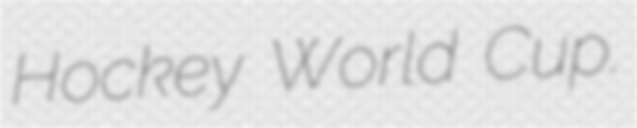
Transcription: Hockey World Cup.